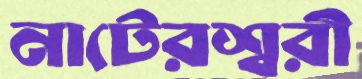
নাটেরশ্বরী